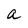
Character: a